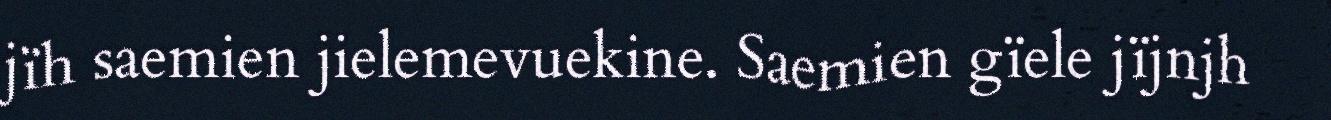
jïh saemien jielemevuekine. Saemien gïele jïjnjh